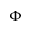
\Phi